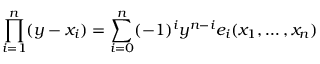
\prod _ { i = 1 } ^ { n } ( y - x _ { i } ) = \sum _ { i = 0 } ^ { n } ( - 1 ) ^ { i } y ^ { n - i } e _ { i } ( x _ { 1 } , \dotsc , x _ { n } )